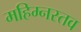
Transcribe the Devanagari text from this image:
महिम्नस्तव